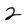
Character: 2